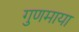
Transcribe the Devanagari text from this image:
गुणमाया